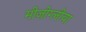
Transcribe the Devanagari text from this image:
मीज़ोग्लीया